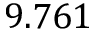
9 . 7 6 1